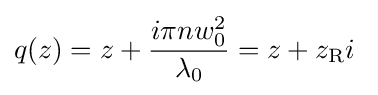
q(z)=z+{\frac {i\pi nw_{0}^{2}}{\lambda _{0}}}=z+z_{\mathrm {R} }i\